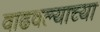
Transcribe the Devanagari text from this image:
वाढवल्याच्या